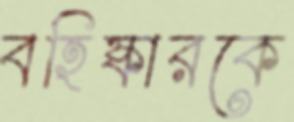
বহিষ্কারকে